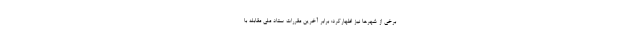
برخی از شهرها نیز اظهارکرد:‌ برابر آخرین مقررات ستاد ملی مقابله با